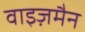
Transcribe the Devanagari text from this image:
वाइज़मैन